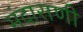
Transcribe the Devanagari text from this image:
मंदाराणी